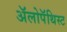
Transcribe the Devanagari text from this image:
अॅलोपॅथिस्ट